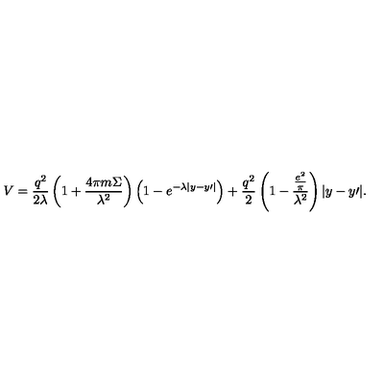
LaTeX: V = \frac { { q ^ { 2 } } } { { 2 \lambda } } \left( { 1 + \frac { { 4 \pi m \Sigma } } { { \lambda ^ { 2 } } } } \right) \left( { 1 - e ^ { - \lambda | y - y { \prime } | } } \right) + \frac { { q ^ { 2 } } } { 2 } \left( { 1 - \frac { { \frac { { e ^ { 2 } } } { \pi } } } { { \lambda ^ { 2 } } } } \right) | y - y { \prime } | .